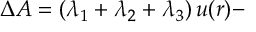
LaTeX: \Delta { \cal A } = \left( \lambda _ { 1 } + \lambda _ { 2 } + \lambda _ { 3 } \right) u ( r ) -